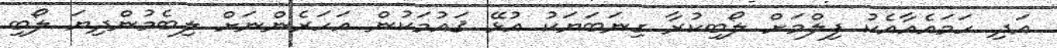
އަދި ހަމައެއާއެކު ފިލްމަށް ލޯބިކުރާ ގިނަބަޔަކު އުޅޭ ޤައުމަކުން އަހަރެންނަށް ލިބެމުންދިޔަ ލޯބި